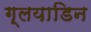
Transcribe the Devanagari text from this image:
ग्लयाडिन